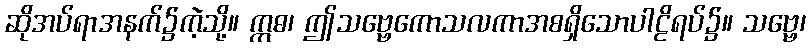
ဆိုအပ်ရာအနက်၌ကဲ့သို့။ ဣဓ၊ ဤသဗ္ဗေကောသလကာအစရှိသောပါဠိရပ်၌။ သဗ္ဗေ၊